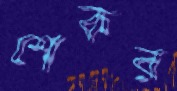
শেকর